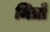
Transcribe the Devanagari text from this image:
मित्रोंं